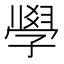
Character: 𭓘